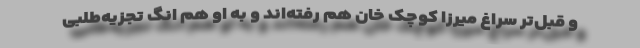
و قبل‌تر سراغ میرزا کوچک خان هم رفته‌اند و به او هم انگ تجزیه‌طلبی